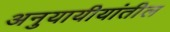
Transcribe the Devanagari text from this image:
अनुयायीयांतील